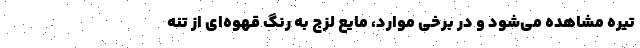
تیره مشاهده می‌شود و در برخی موارد، مایع لزج به رنگ قهوه‌ای از تنه